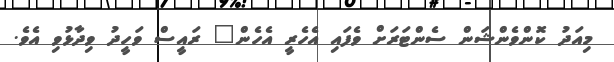
މިއަދު ކޮންވެންޝަން ސެންޓަރަށް ވެފައި އެހެރީ އެހެން" ރައީސް ވަހީދު ވިދާޅުވި އެވެ.